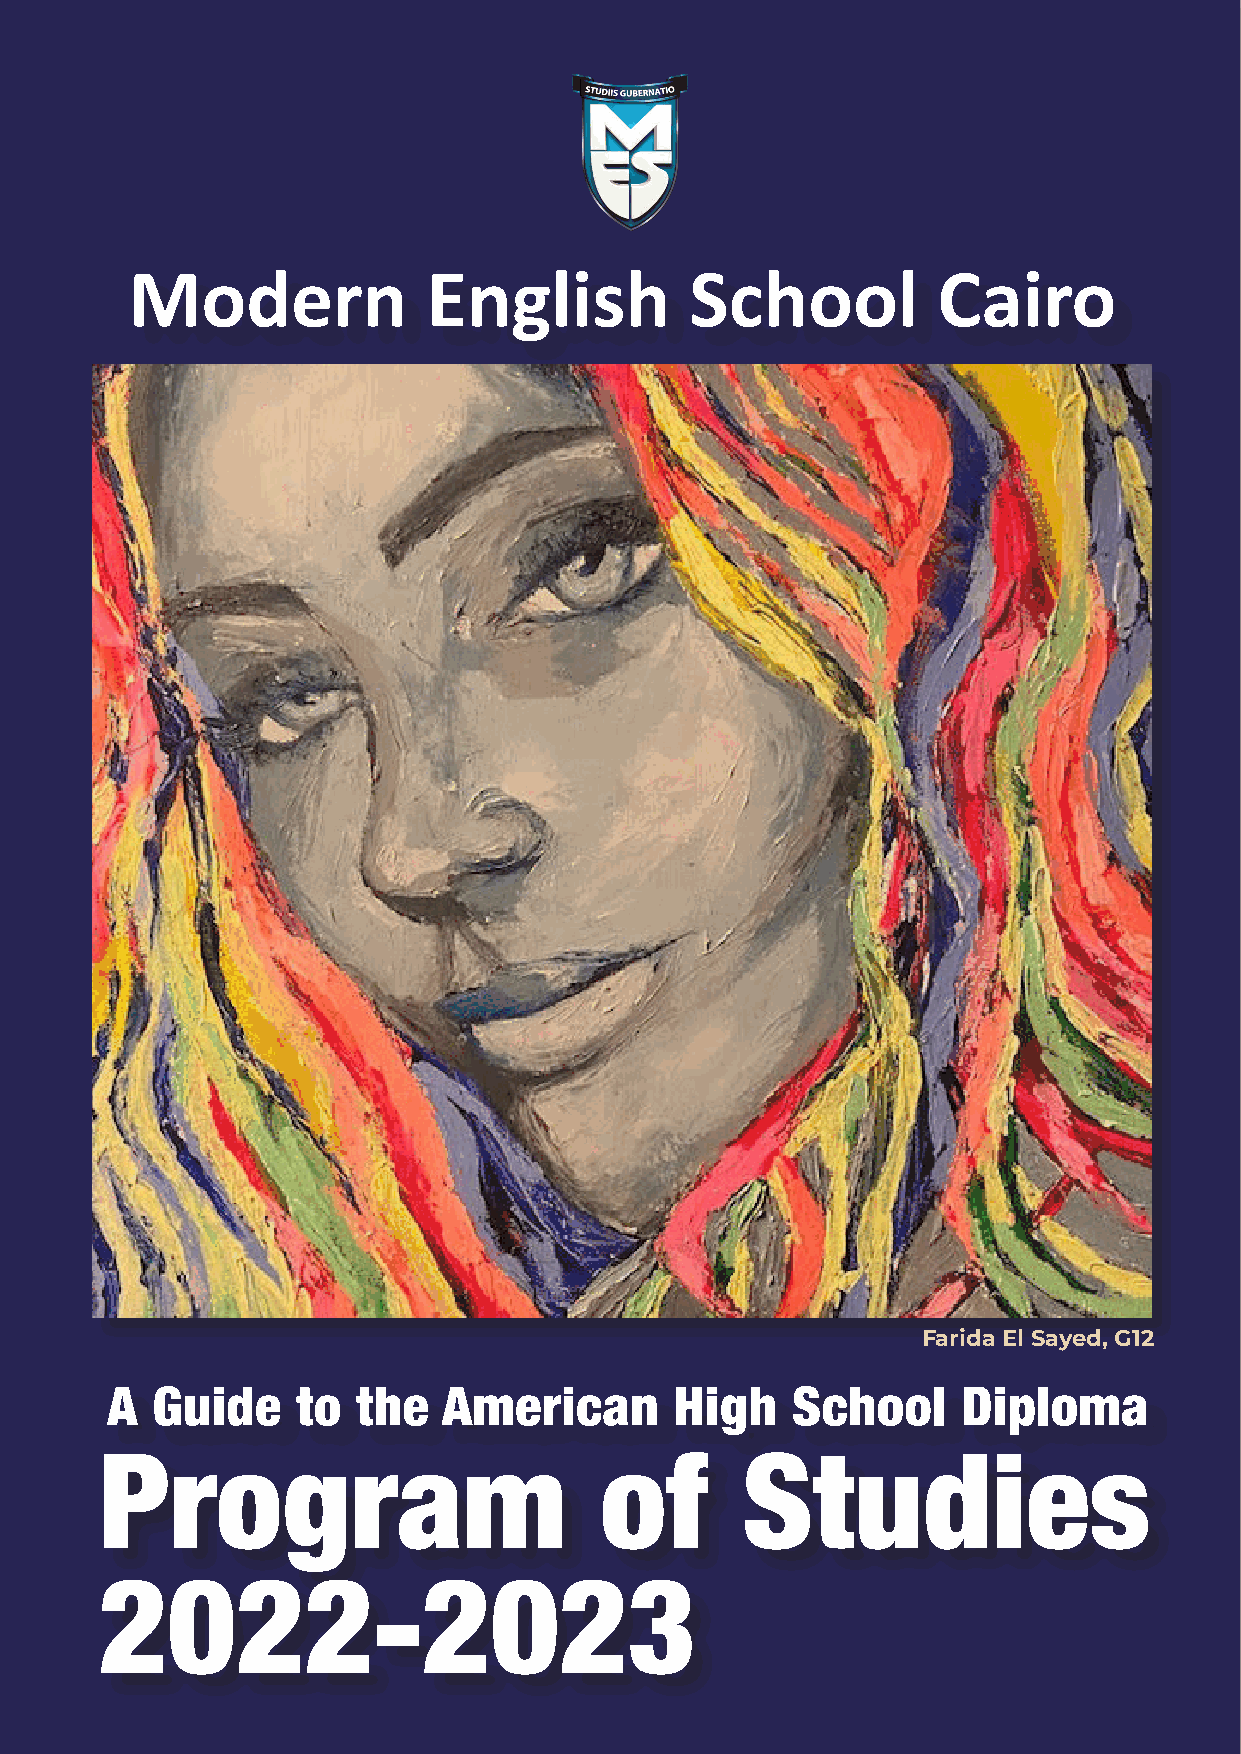
Modern             English           School          Cairo
 Mariam Sallam, G9G
 Farida El Sayed, G12
 A  Guide     to  the  American        High   School      Diploma
 Program of Studies
 Program                          of       Studies
 2022-2023
 2022-2023